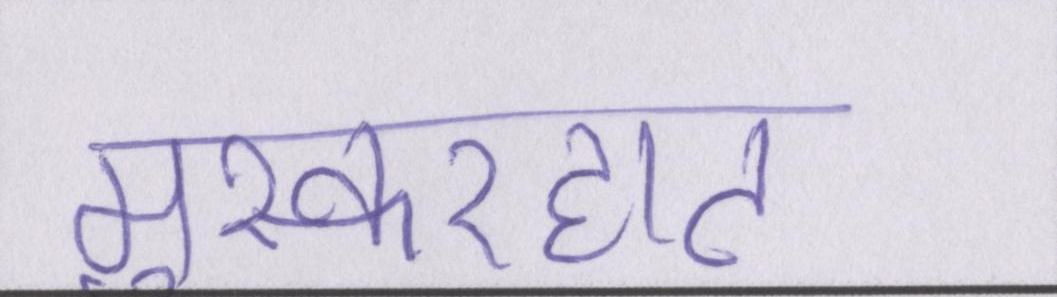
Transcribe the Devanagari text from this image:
मुस्करहाट